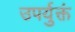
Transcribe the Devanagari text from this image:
उपर्युक्तं